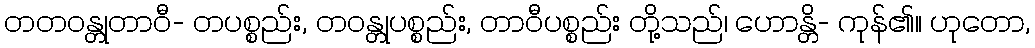
တတဝန္တုတာဝီ- တပစ္စည်း, တဝန္တုပစ္စည်း, တာဝီပစ္စည်း တို့သည်၊ ဟောန္တိ- ကုန်၏။ ဟုတော,